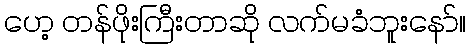
ဟေ့ တန်ဖိုးကြီးတာဆို လက်မခံဘူးနော်။